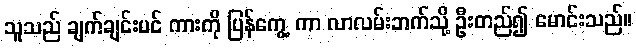
သူသည် ချက်ချင်းပင် ကားကို ပြန်ကွေ့ ကာ လာလမ်းဘက်သို့ ဦးတည်၍ မောင်းသည်။